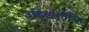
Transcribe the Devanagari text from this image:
उद्दिष्टपूर्तीचा